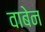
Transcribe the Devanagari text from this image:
वाबेन